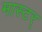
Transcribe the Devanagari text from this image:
मास्टर्